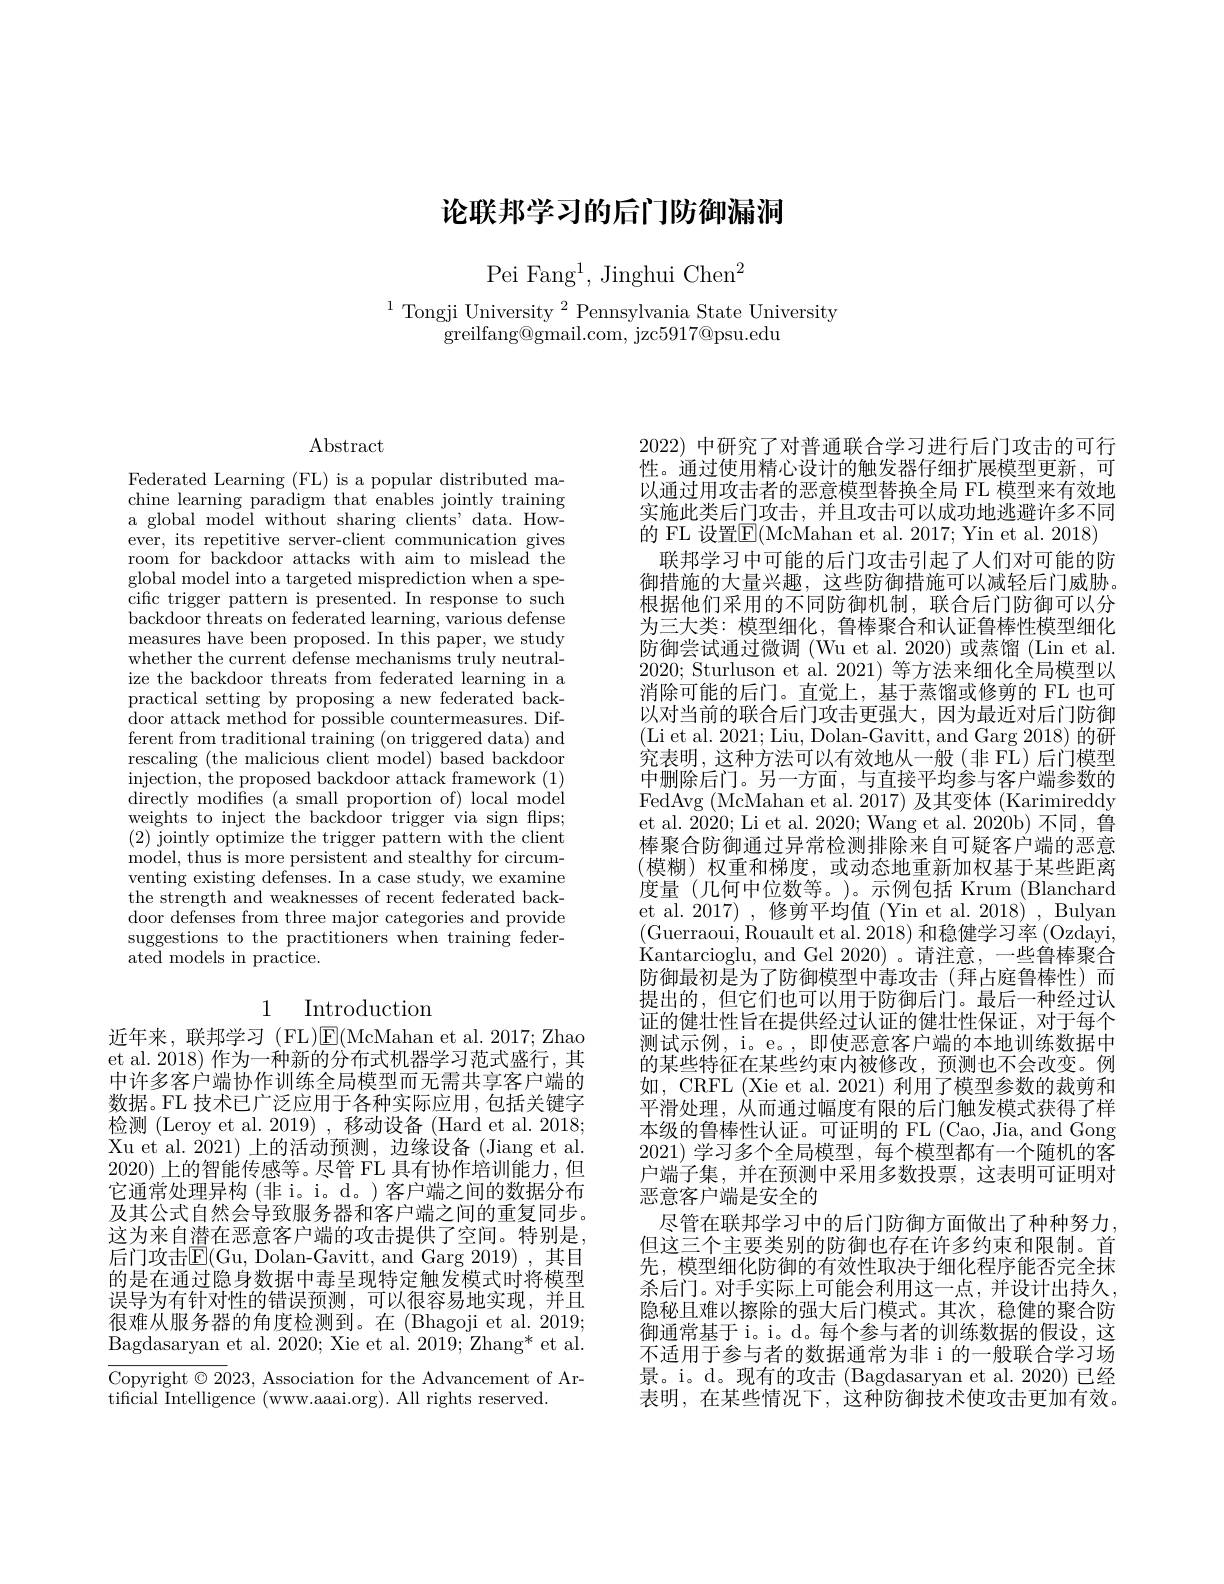
# 论联邦学习的后门防御漏洞

Pei Fang$^1$, Jinghui Chen$^2$

$^{1}$Tongji University$^2$Pennsylvania State University
greilfang@ gmail. com, jzc5917@ psu. edu

$\operatorname{Abstract}$

Federated Learning (FL) is a popular distributed machine learning paradigm that enables jointly training a global model without sharing clients' data. However, its repetitive server-client communication gives room for backdoor attacks with aim to mislead the global model into a targeted misprediction when a specific trigger pattern is presented. In response to such backdoor threats on federated learning, various defense measures have been proposed. In this paper, we study whether the current defense mechanisms truly neutralize the backdoor threats from federated learning in a practical setting by proposing a new federated back- $\hat{\text{door attack method for possible countermeasures. Dif-}}$ ferent from traditional training (on triggered data) and rescaling (the malicious client model) based backdoor injection, the proposed backdoor attack framework (1) directly modifes ( a small proportion of) local mod$\acute{e}$l weights to inject the backdoor trigger via sign flips; (2) jointly optimize the trigger pattern with the client model, thus is more persistent and stealthy for circumventing existing defenses. In a case study, we examine the strength and weaknesses of recent federated backdoor defenses from three major categories and provide suggestions to the practitioners when training federated models in practice.

# 1 Introduction

近年来，联邦学习(FL)$\operatorname{E}($McMahan et al.2017; Zhao et al. 2018) 作为一种新的分布式机器学习范式盛行，其中许多客户端协作训练全局模型而无需共享客户端的数据。FL 技术已广泛应用于各种实际应用，包括关键字检测 (Leroy et al. 2019) , 移动设备 (Hard et al. 2018; Xu et al. 2021) 上的活动预测，边缘设备 (Jiang et al. 2020) 上的智能传感等。尽管 FL 具有协作培训能力，但它通常处理异构(非i。i。d。)客户端之间的数据分布及其公式自然会导致服务器和客户端之间的重复同步。这为来自潜在恶意客户端的攻击提供了空间。特别是， 后门攻击$\mathbb{E}($Gu, Dolan-Gavitt, and Garg 2019), 其目的是在通过隐身数据中毒呈现特定触发模式时将模型误导为有针对性的错误预测，可以很容易地实现，并且很难从服务器的角度检测到。在 (Bhagoji et al. 2019; Bagdasaryan et al. 2020; Xie et al. 2019; Zhang* et al.

Copyright $\odot2023$, Association for the Advancement of Ar-
tificial Intelligence (www.aaai.org). All rights reserved.

2022)中研究了对普通联合学习进行后门攻击的可行性。通过使用精心设计的触发器仔细扩展模型更新，可以通过用攻击者的恶意模型替换全局 FL 模型来有效地实施此类后门攻击，并且攻击可以成功地逃避许多不同的 FL 设置$\overline{\mathrm{E}}($McMahan et al. 2017; Yin et al. 2018)
联邦学习中可能的后门攻击引起了人们对可能的防御措施的大量兴趣，这些防御措施可以减轻后门威胁。根据他们采用的不同防御机制，联合后门防御可以分为三大类：模型细化，鲁棒聚合和认证鲁棒性模型细化防御尝试通过微调 (Wu et al. 2020) 或蒸馏 (Lin et al. 2020; Sturluson et al. 2021) 等方法来细化全局模型以消除可能的后门。直觉上，基于蒸馏或修剪的 FL 也可以对当前的联合后门攻击更强大，因为最近对后门防御(Li et al. 2021; Liu, Dolan-Gavitt, and Garg 2018) 的研究表明，这种方法可以有效地从一般(非 FL)后门模型中删除后门。另一方面，与直接平均参与客户端参数的FedAvg (McMahan et al. 2017) 及其变体 (Karimireddy et al. 2020; Li et al. 2020; Wang et al. 2020b) 不同，鲁棒聚合防御通过异常检测排除来自可疑客户端的恶意(模糊)权重和梯度，或动态地重新加权基于某些距离度量(几何中位数等。)。示例包括 Krum (Blanchard et al. 2017) , 修剪平均值 (Yin et al. 2018) , Bulyan (Guerraoui, Rouault et al. 2018) 和稳健学习率 (Ozdayi, Kantarcioglu, and Gel 2020)。请注意，一些鲁棒聚合防御最初是为了防御模型中毒攻击(拜占庭鲁棒性)而提出的，但它们也可以用于防御后门。最后一种经过认证的健壮性旨在提供经过认证的健壮性保证，对于每个测试示例，i。e。,即使恶意客户端的本地训练数据中的某些特征在某些约束内被修改，预测也不会改变。例如，CRFL (Xie et al. 2021) 利用了模型参数的裁剪和平滑处理，从而通过幅度有限的后门触发模式获得了样本级的鲁棒性认证。可证明的 FL (Cao, Jia, and Gong $2021) \textit{ 学 习 多 个 全 局 模 型 , 每 个 模 型 都 有 一 个 随 机 的 客 }$ 户端子集，并在预测中采用多数投票，这表明可证明对恶意客户端是安全的
尽管在联邦学习中的后门防御方面做出了种种努力， 但这三个主要类别的防御也存在许多约束和限制。首先，模型细化防御的有效性取决于细化程序能否完全抹杀后门。对手实际上可能会利用这一点，并设计出持久， 隐秘且难以擦除的强大后门模式。其次，稳健的聚合防御通常基于 i。i。d。每个参与者的训练数据的假设，这不适用于参与者的数据通常为非 i 的一般联合学习场景。i。d。现有的攻击 (Bagdasaryan et al.2020) 已经表明，在某些情况下，这种防御技术使攻击更加有效。